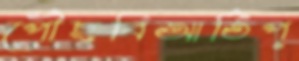
পৌঁছবিআর্তিপ্